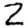
Digit: 2